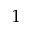
^ { 1 }